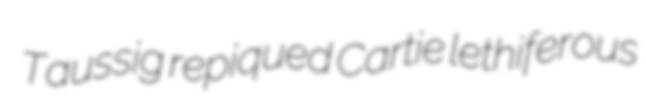
Taussig repiqued Cartie lethiferous